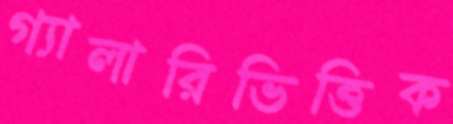
গ্যালারিভিত্তিক